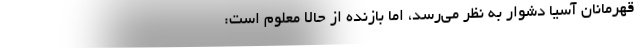
قهرمانان آسیا دشوار به نظر می‌رسد، اما بازنده از حالا معلوم است: